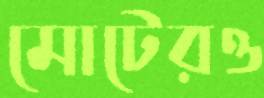
মোটেরও